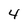
Character: 4